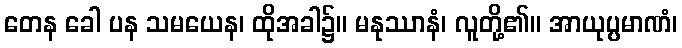
တေန ခေါ ပန သမယေန၊ ထိုအခါ၌။ မနုဿာနံ၊ လူတို့၏။ အာယုပ္ပမာဏံ၊